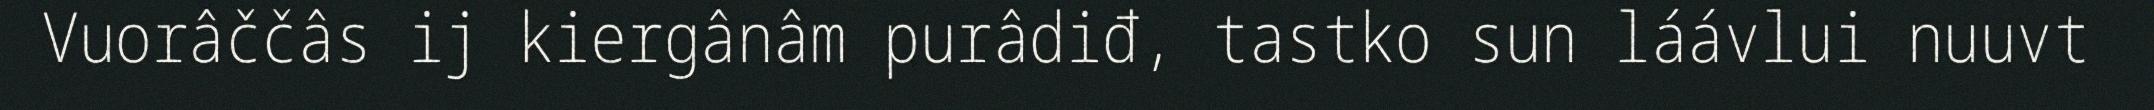
Vuorâččâs ij kiergânâm purâdiđ, tastko sun láávlui nuuvt